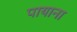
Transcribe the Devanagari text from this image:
पायाना